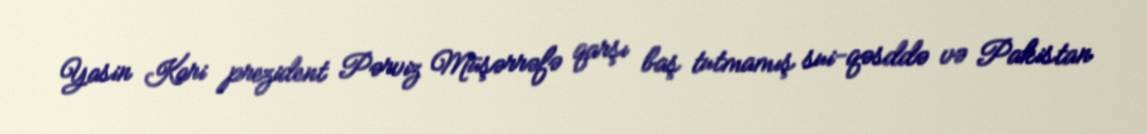
Yasin Kari prezident Pərviz Müşərrəfə qarşı baş tutmamış sui-qəsddə və Pakistan